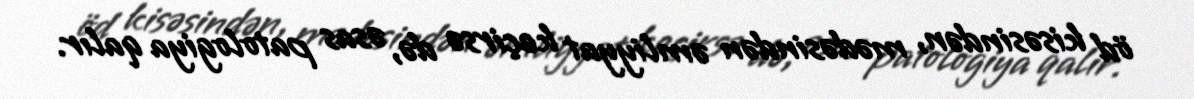
öd kisəsindən, mədəsindən əmliyyat keçirsə də, əsas patologiya qalır.